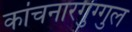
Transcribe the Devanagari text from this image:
कांचनारगुग्गुल